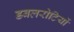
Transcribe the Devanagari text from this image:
डबलरोटियों